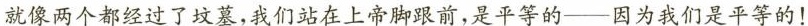
就像两个都经过了坟墓，我们站在上帝脚跟前，是平等的——因为我们是平等的！